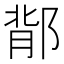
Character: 鄁